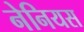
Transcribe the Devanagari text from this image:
नेनियस